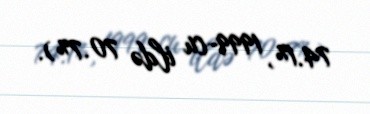
74.1%, 1999-cu ildə 70.7%).